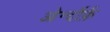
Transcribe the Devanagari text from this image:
ओर्न्दोर्फ़